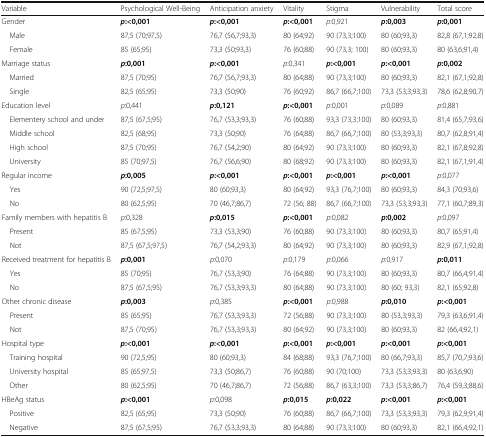
<table><thead><tr><td><b>Variable</b></td><td><b>Psychological Well-Being</b></td><td><b>Anticipation anxiety</b></td><td><b>Vitality</b></td><td><b>Stigma</b></td><td><b>Vulnerability</b></td><td><b>Total score</b></td></tr></thead><tbody><tr><td>Gender</td><td><b><i>p</i></b><b>:&lt;0,001</b></td><td><b><i>p</i></b><b>:&lt;0,001</b></td><td><b><i>p</i></b><b>:&lt;0,001</b></td><td><i>p</i>:0,921</td><td><b><i>p</i></b><b>:0,003</b></td><td><b><i>p</i></b><b>:0,001</b></td></tr><tr><td> Male</td><td>87,5 (70;97,5)</td><td>76,7 (56,7;93,3)</td><td>80 (64;92)</td><td>90 (73,3;100)</td><td>80 (60;93,3)</td><td>82,8 (67,1;92,8)</td></tr><tr><td> Female</td><td>85 (65;95)</td><td>73,3 (50;93,3)</td><td>76 (60;88)</td><td>90 (73,3; 100)</td><td>80 (60;93,3)</td><td>80 (63,6;91,4)</td></tr><tr><td>Marriage status</td><td><b><i>p</i></b><b>:0,001</b></td><td><b><i>p</i></b><b>:&lt;0,001</b></td><td><i>p</i>:0,341</td><td><b><i>p</i></b><b>:&lt;0,001</b></td><td><b><i>p</i></b><b>:&lt;0,001</b></td><td><b><i>p</i></b><b>:0,002</b></td></tr><tr><td> Married</td><td>87,5 (70;95)</td><td>76,7 (56,7;93,3)</td><td>80 (64;88)</td><td>90 (73,3;100)</td><td>80 (60;93,3)</td><td>82,1 (67,1;92,8)</td></tr><tr><td> Single</td><td>82,5 (65;95)</td><td>73,3 (50;90)</td><td>76 (60;92)</td><td>86,7 (66,7;100)</td><td>73,3 (53,3;93,3)</td><td>78,6 (62,8;90,7)</td></tr><tr><td>Education level</td><td><i>p</i>:0,441</td><td><b><i>p</i></b><b>:0,121</b></td><td><b><i>p</i></b><b>:&lt;0,001</b></td><td><i>p</i>:0,001</td><td><i>p</i>:0,089</td><td><i>p</i>:0,881</td></tr><tr><td> Elementery school and under</td><td>87,5 (67,5;95)</td><td>76,7 (53,3;93,3)</td><td>76 (60;88)</td><td>93,3 (73,3;100)</td><td>80 (60;93,3)</td><td>81,4 (65,7;93,6)</td></tr><tr><td> Middle school</td><td>82,5 (68;95)</td><td>73,3 (50;90)</td><td>76 (64;88)</td><td>86,7 (66,7;100)</td><td>80 (53,3;93,3)</td><td>80,7 (62,8;91,4)</td></tr><tr><td> High school</td><td>87,5 (70;95)</td><td>76,7 (54,2;90)</td><td>80 (64;92)</td><td>90 (73,3;100)</td><td>80 (60;93,3)</td><td>82,1 (67,8;92,8)</td></tr><tr><td> University</td><td>85 (70;97,5)</td><td>76,7 (56,6;90)</td><td>80 (68;92)</td><td>90 (73,3;100)</td><td>80 (60;93,3)</td><td>82,1 (67,1;91,4)</td></tr><tr><td>Regular income</td><td><b><i>p</i></b><b>:0,005</b></td><td><b><i>p</i></b><b>:&lt;0,001</b></td><td><b><i>p</i></b><b>:&lt;0,001</b></td><td><b><i>p</i></b><b>:&lt;0,001</b></td><td><b><i>p</i></b><b>:&lt;0,001</b></td><td><i>p</i>:0,077</td></tr><tr><td> Yes</td><td>90 (72,5;97,5)</td><td>80 (60;93,3)</td><td>80 (64;92)</td><td>93,3 (76,7;100)</td><td>80 (60;93,3)</td><td>84,3 (70;93,6)</td></tr><tr><td> No</td><td>80 (62,5;95)</td><td>70 (46,7;86,7)</td><td>72 (56; 88)</td><td>86,7 (66,7;100)</td><td>73,3 (53,3;93,3)</td><td>77,1 (60,7;89,3)</td></tr><tr><td>Family members with hepatitis B</td><td><i>p</i>:0,328</td><td><b><i>p</i></b><b>:0,015</b></td><td><b><i>p</i></b><b>:&lt;0,001</b></td><td><i>p</i>:0,082</td><td><b><i>p</i></b><b>:0,002</b></td><td><i>p</i>:0,097</td></tr><tr><td> Present</td><td>85 (67,5;95)</td><td>73,3 (53,3;90)</td><td>76 (60;88)</td><td>90 (73,3;100)</td><td>80 (60;93,3)</td><td>80,7 (65;91,4)</td></tr><tr><td> Not</td><td>87,5 (67,5;97,5)</td><td>76,7 (54,2;93,3)</td><td>80 (64;92)</td><td>90 (73,3;100)</td><td>80 (60;93,3)</td><td>82,9 (67,1;92,8)</td></tr><tr><td>Received treatment for hepatitis B</td><td><b><i>p</i></b><b>:0,001</b></td><td><i>p</i>:0,070</td><td><i>p</i>:0,179</td><td><i>p</i>:0,066</td><td><i>p</i>:0,917</td><td><b><i>p</i></b><b>:0,011</b></td></tr><tr><td> Yes</td><td>85 (70;95)</td><td>76,7 (53,3;90)</td><td>76 (64;88)</td><td>90 (73,3;100)</td><td>80 (60;93,3)</td><td>80,7 (66,4;91,4)</td></tr><tr><td> No</td><td>87,5 (67,5;95)</td><td>76,7 (53,3;93,3)</td><td>80 (64;88)</td><td>90 (73,3;100)</td><td>80 (60; 93,3)</td><td>82,1 (65;92,8)</td></tr><tr><td>Other chronic disease</td><td><b><i>p</i></b><b>:0,003</b></td><td><i>p</i>:0,385</td><td><b><i>p</i></b><b>:&lt;0,001</b></td><td><i>p</i>:0,988</td><td><b><i>p</i></b><b>:0,010</b></td><td><b><i>p</i></b><b>:&lt;0,001</b></td></tr><tr><td> Present</td><td>85 (65;95)</td><td>76,7 (53,3;93,3)</td><td>72 (56;88)</td><td>90 (73,3;100)</td><td>80 (53,3;93,3)</td><td>79,3 (63,6;91,4)</td></tr><tr><td> Not</td><td>87,5 (70;95)</td><td>76,7 (53,3;93,3)</td><td>80 (64;92)</td><td>90 (73,3;100)</td><td>80 (60;93,3)</td><td>82 (66,4;92,1)</td></tr><tr><td>Hospital type</td><td><b><i>p</i></b><b>:&lt;0,001</b></td><td><b><i>p</i></b><b>:&lt;0,001</b></td><td><b><i>p</i></b><b>:&lt;0,001</b></td><td><b><i>p</i></b><b>:&lt;0,001</b></td><td><b><i>p</i></b><b>:&lt;0,001</b></td><td><b><i>p</i></b><b>:&lt;0,001</b></td></tr><tr><td> Training hospital</td><td>90 (72,5;95)</td><td>80 (60;93,3)</td><td>84 (68;88)</td><td>93,3 (76,7;100)</td><td>80 (66,7;93,3)</td><td>85,7 (70,7;93,6)</td></tr><tr><td> University hospital</td><td>85 (65;97,5)</td><td>73,3 (50;86,7)</td><td>76 (60;88)</td><td>90 (70;100)</td><td>73,3 (53,3;93,3)</td><td>80 (63,6;90)</td></tr><tr><td> Other</td><td>80 (62,5;95)</td><td>70 (46,7;86,7)</td><td>72 (56;88)</td><td>86,7 (63,3;100)</td><td>73,3 (53,3;86,7)</td><td>76,4 (59,3;88,6)</td></tr><tr><td>HBeAg status</td><td><b><i>p</i></b><b>:&lt;0,001</b></td><td><i>p</i>:0,098</td><td><b><i>p</i></b><b>:0,015</b></td><td><b><i>p</i></b><b>:0,022</b></td><td><b><i>p</i></b><b>:&lt;0,001</b></td><td><b><i>p</i></b><b>:&lt;0,001</b></td></tr><tr><td> Positive</td><td>82,5 (65;95)</td><td>73,3 (50;90)</td><td>76 (60;88)</td><td>86,7 (66,7;100)</td><td>73,3 (53,3;93,3)</td><td>79,3 (62,9;91,4)</td></tr><tr><td> Negative</td><td>87,5 (67,5;95)</td><td>76,7 (53,3;93,3)</td><td>80 (64;88)</td><td>90 (73,3;100)</td><td>80 (60;93,3)</td><td>82,1 (66,4;92,1)</td></tr></tbody></table>